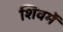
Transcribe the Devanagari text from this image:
शिवमें